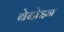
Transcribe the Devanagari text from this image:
बेदोइन